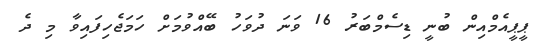
ޕީޕީއެމްއިން ބުނީ ޑިސެމްބަރު 16 ވަނަ ދުވަހު ބޭއްވުމަށް ހަމަޖެހިފައިވާ މި ދެ